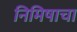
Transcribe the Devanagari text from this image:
निमिषाचा